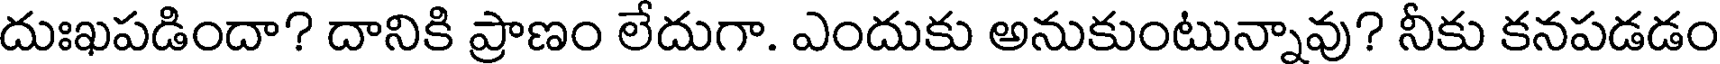
దుఃఖపడిందా? దానికి ప్రాణం లేదుగా. ఎందుకు అనుకుంటున్నావు? నీకు కనపడడం